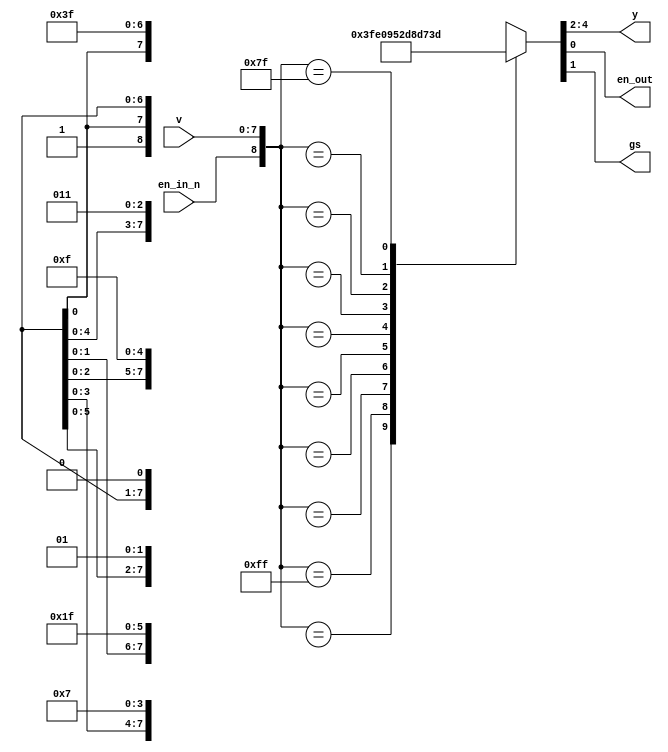
module _8_to_3_priority_encoder(
    input [7:0] v,
    input en_in_n,
    output reg [2:0] y,
    output reg en_out,
    output reg gs
    );

    always @(v or en_in_n) begin
        case ({en_in_n, v})
            9'b1_xxxx_xxxx: {y, gs, en_out} = 5'b1_1111;
            9'b0_1111_1111: {y, gs, en_out} = 5'b1_1110;
            9'b0_xxxx_xxx0: {y, gs, en_out} = 5'b0_0001;
            9'b0_xxxx_xx01: {y, gs, en_out} = 5'b0_0101;
            9'b0_xxxx_x011: {y, gs, en_out} = 5'b0_1001;
            9'b0_xxxx_0111: {y, gs, en_out} = 5'b0_1101;
            9'b0_xxx0_1111: {y, gs, en_out} = 5'b1_0001;
            9'b0_xx01_1111: {y, gs, en_out} = 5'b1_0101;
            9'b0_x011_1111: {y, gs, en_out} = 5'b1_1001;
            9'b0_0111_1111: {y, gs, en_out} = 5'b1_1101;
        endcase
    end
endmodule